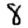
Digit: 8